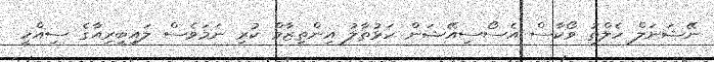
ނޭޝަނަލް ހެލްތު ވޯކާސް އެސޯސިއޭޝަން ހަޅުތާލު އިންތިޒާމް ކުރި ނަމަވެސް ލައިބީރިއާގެ ސިއްހީ